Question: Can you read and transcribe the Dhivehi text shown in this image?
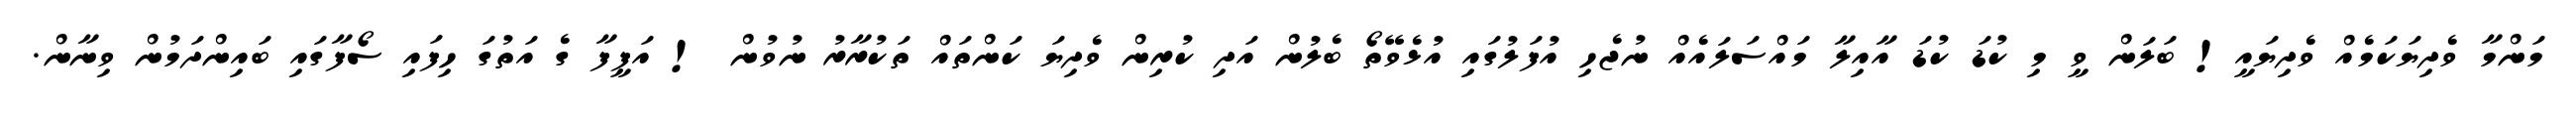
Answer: މަންމާ ވެދިޔަކަމެއް ވެދިޔައީ! ބަލަން ވީ މި ކުޑަ ކުޑަ އާއިލާ މައްސަލައެއް ނުޖެހި އުފަލުގައި އުޅެވޭތޯ ބެލުން އަދި ކުރިން ވެދިޔަ ކަންތައް ތަކުރާރު ނުވުން ! އަފީފާ ގެ އަތުގަ ހިފައި ސޯފާގައި ބައިންދަމުން ވިނާން.